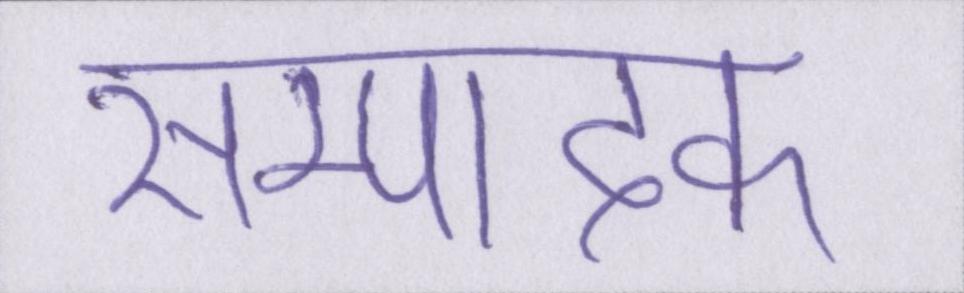
सम्पादक